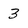
Character: 3